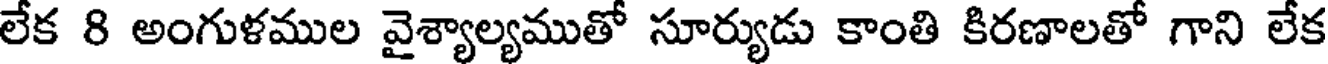
లేక 8 అంగుళముల వైశ్యాల్యముతో సూర్యుడు కాంతి కిరణాలతో గాని లేక